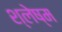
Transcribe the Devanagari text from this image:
श्‍लेष्‍म